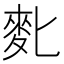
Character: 𪋼